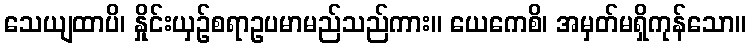
သေယျထာပိ၊ နှိုင်းယှဉ်စရာဥပမာမည်သည်ကား။ ယေကေစိ၊ အမှတ်မရှိကုန်သော။